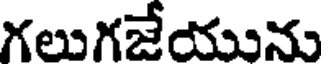
గలుగజేయును